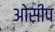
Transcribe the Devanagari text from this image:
ओसीप